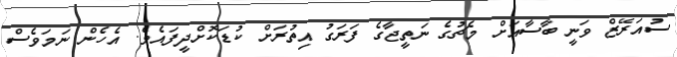
ސުއަރޭޒް ވަނީ ބާސާއަށް މެޗުގެ ނަތީޖާގެ ފަރަގު އިތުރަށް ކުޑަކޮށްދީފައެވެ. އެހެން ނަމަވެސް